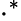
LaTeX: \cdot^{*}